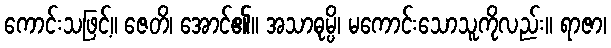
ကောင်းသဖြင့်။ ဇေတိ၊ အောင်၏။ အသာဓုမ္ပိ၊ မကောင်းသောသူကိုလည်း။ ရာဇာ၊